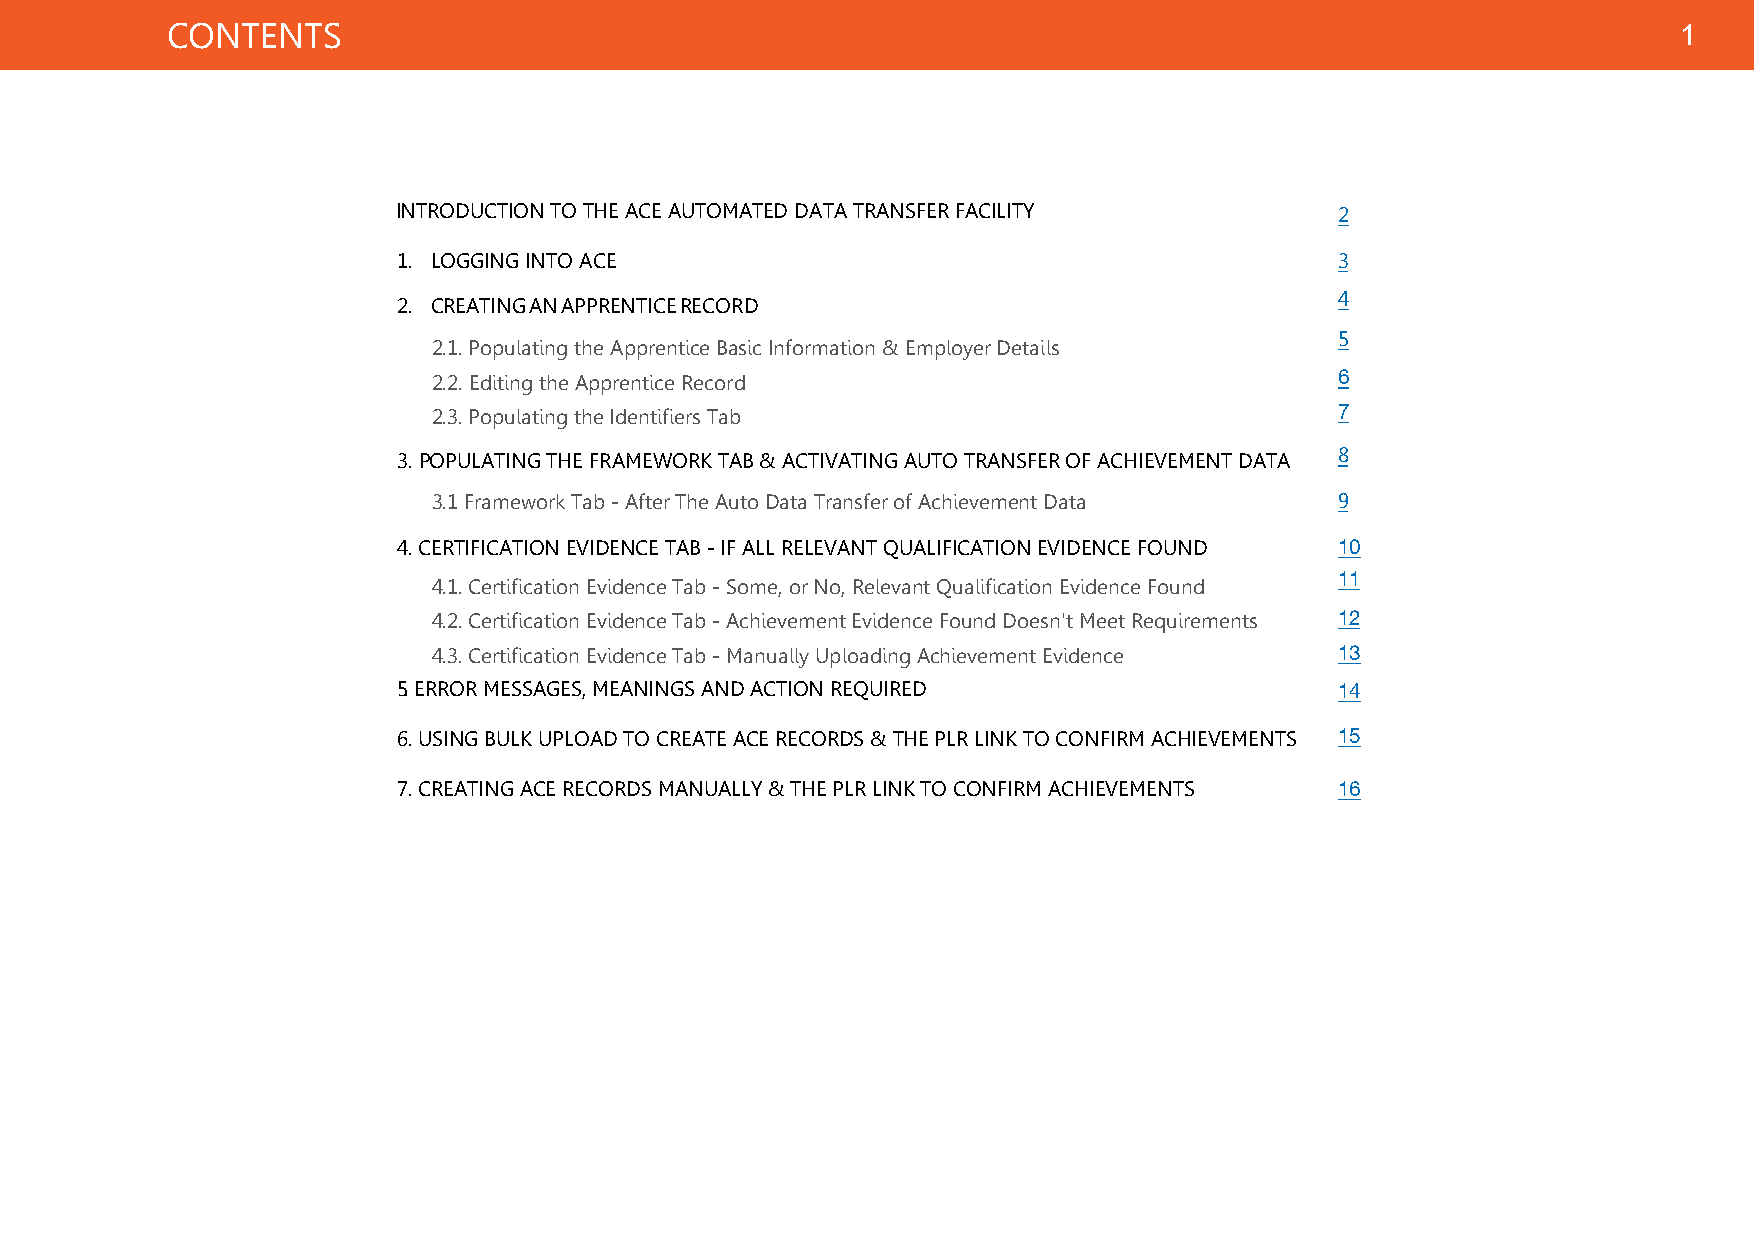
CONTENTS                                                                                            1
 INTRODUCTION TO THE ACE AUTOMATED DATA TRANSFER FACILITY       2
 1. LOGGING INTO ACE                                            3
 4
 2. CREATING AN APPRENTICE RECORD
 5
 2.1. Populating the Apprentice Basic Information & Employer Details
 2.2. Editing the Apprentice Record                          6
 2.3. Populating the Identifiers Tab                         7
 3.POPULATING THE FRAMEWORK TAB & ACTIVATING AUTO TRANSFER OF ACHIEVEMENT DATA 8
 3.1 Framework Tab - After The Auto Data Transfer of Achievement Data 9
 4.CERTIFICATION EVIDENCE TAB - IF ALL RELEVANT QUALIFICATION EVIDENCE FOUND 10
 11
 4.1. Certification Evidence Tab - Some, or No, Relevant Qualification Evidence Found
 4.2. Certification Evidence Tab - Achievement Evidence Found Doesn't Meet Requirements 12
 4.3. Certification Evidence Tab - Manually Uploading Achievement Evidence 13
 5.ERROR MESSAGES, MEANINGS AND ACTION REQUIRED                 14
 6.USING BULK UPLOAD TO CREATE ACE RECORDS & THE PLR LINK TO CONFIRM ACHIEVEMENTS 15
 7.CREATING ACE RECORDS MANUALLY & THE PLR LINK TO CONFIRM ACHIEVEMENTS 16